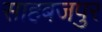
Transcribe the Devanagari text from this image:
साहबजपुर